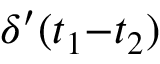
\delta ^ { \prime } ( t _ { 1 } { - } t _ { 2 } )